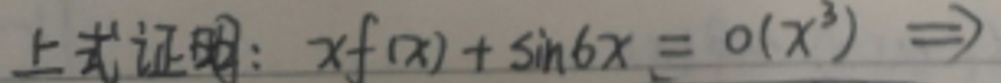
上式证明：\(xf(x)+\sin6x = o(x^{3})\) \(\Rightarrow\)